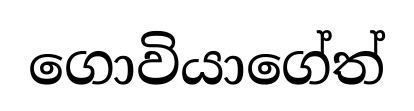
ගොවියාගේත්